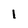
Character: I